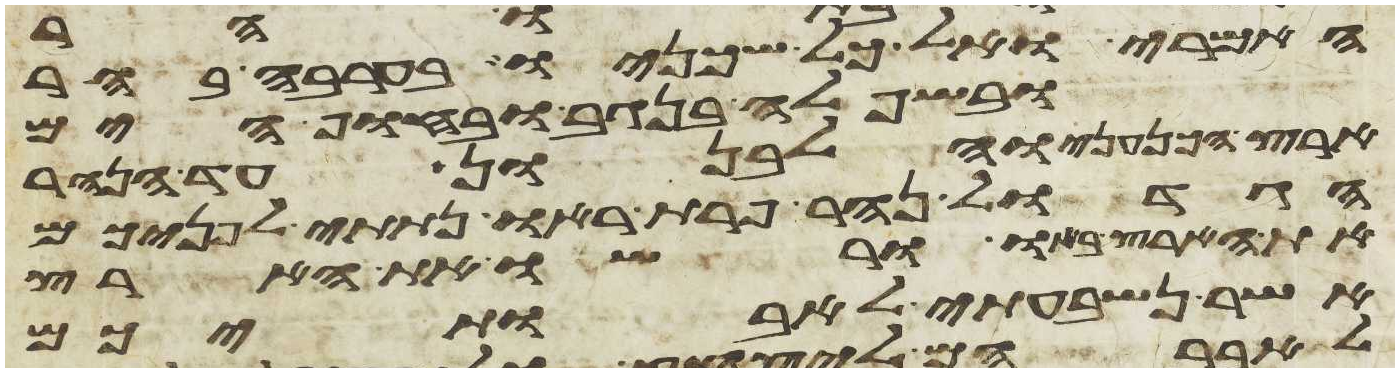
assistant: האמרי ואל כל שכינו בערבה בהר
ובשפלה בנגב ובחוף הים
ארץ הכנעני והלבנון עד הנהר
הגדול נהר פרת ראו נתתי לפניכם
את הארץ באו ורשו את הארץ
אשר נשבעתי לאבתיכם